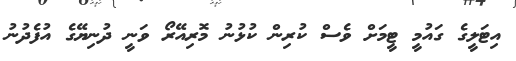
އިޓަލީގެ ގައުމީ ޓީމަށް ވެސް ކުރިން ކުޅުނު މޮރިއޭރޯ ވަނީ ދުނިޔޭގެ އުފެދުނު